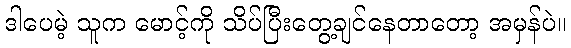
ဒါပေမဲ့ သူက မောင့်ကို သိပ်ပြီးတွေ့ချင်နေတာတော့ အမှန်ပဲ။